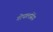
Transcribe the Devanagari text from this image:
गोपालसिंग